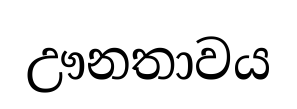
ඌනතාවය